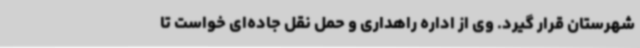
شهرستان قرار گیرد. وی از اداره راهداری و حمل نقل جاده‌ای خواست تا